Vabadussoja_Ajaloo_Komitee, lk 5
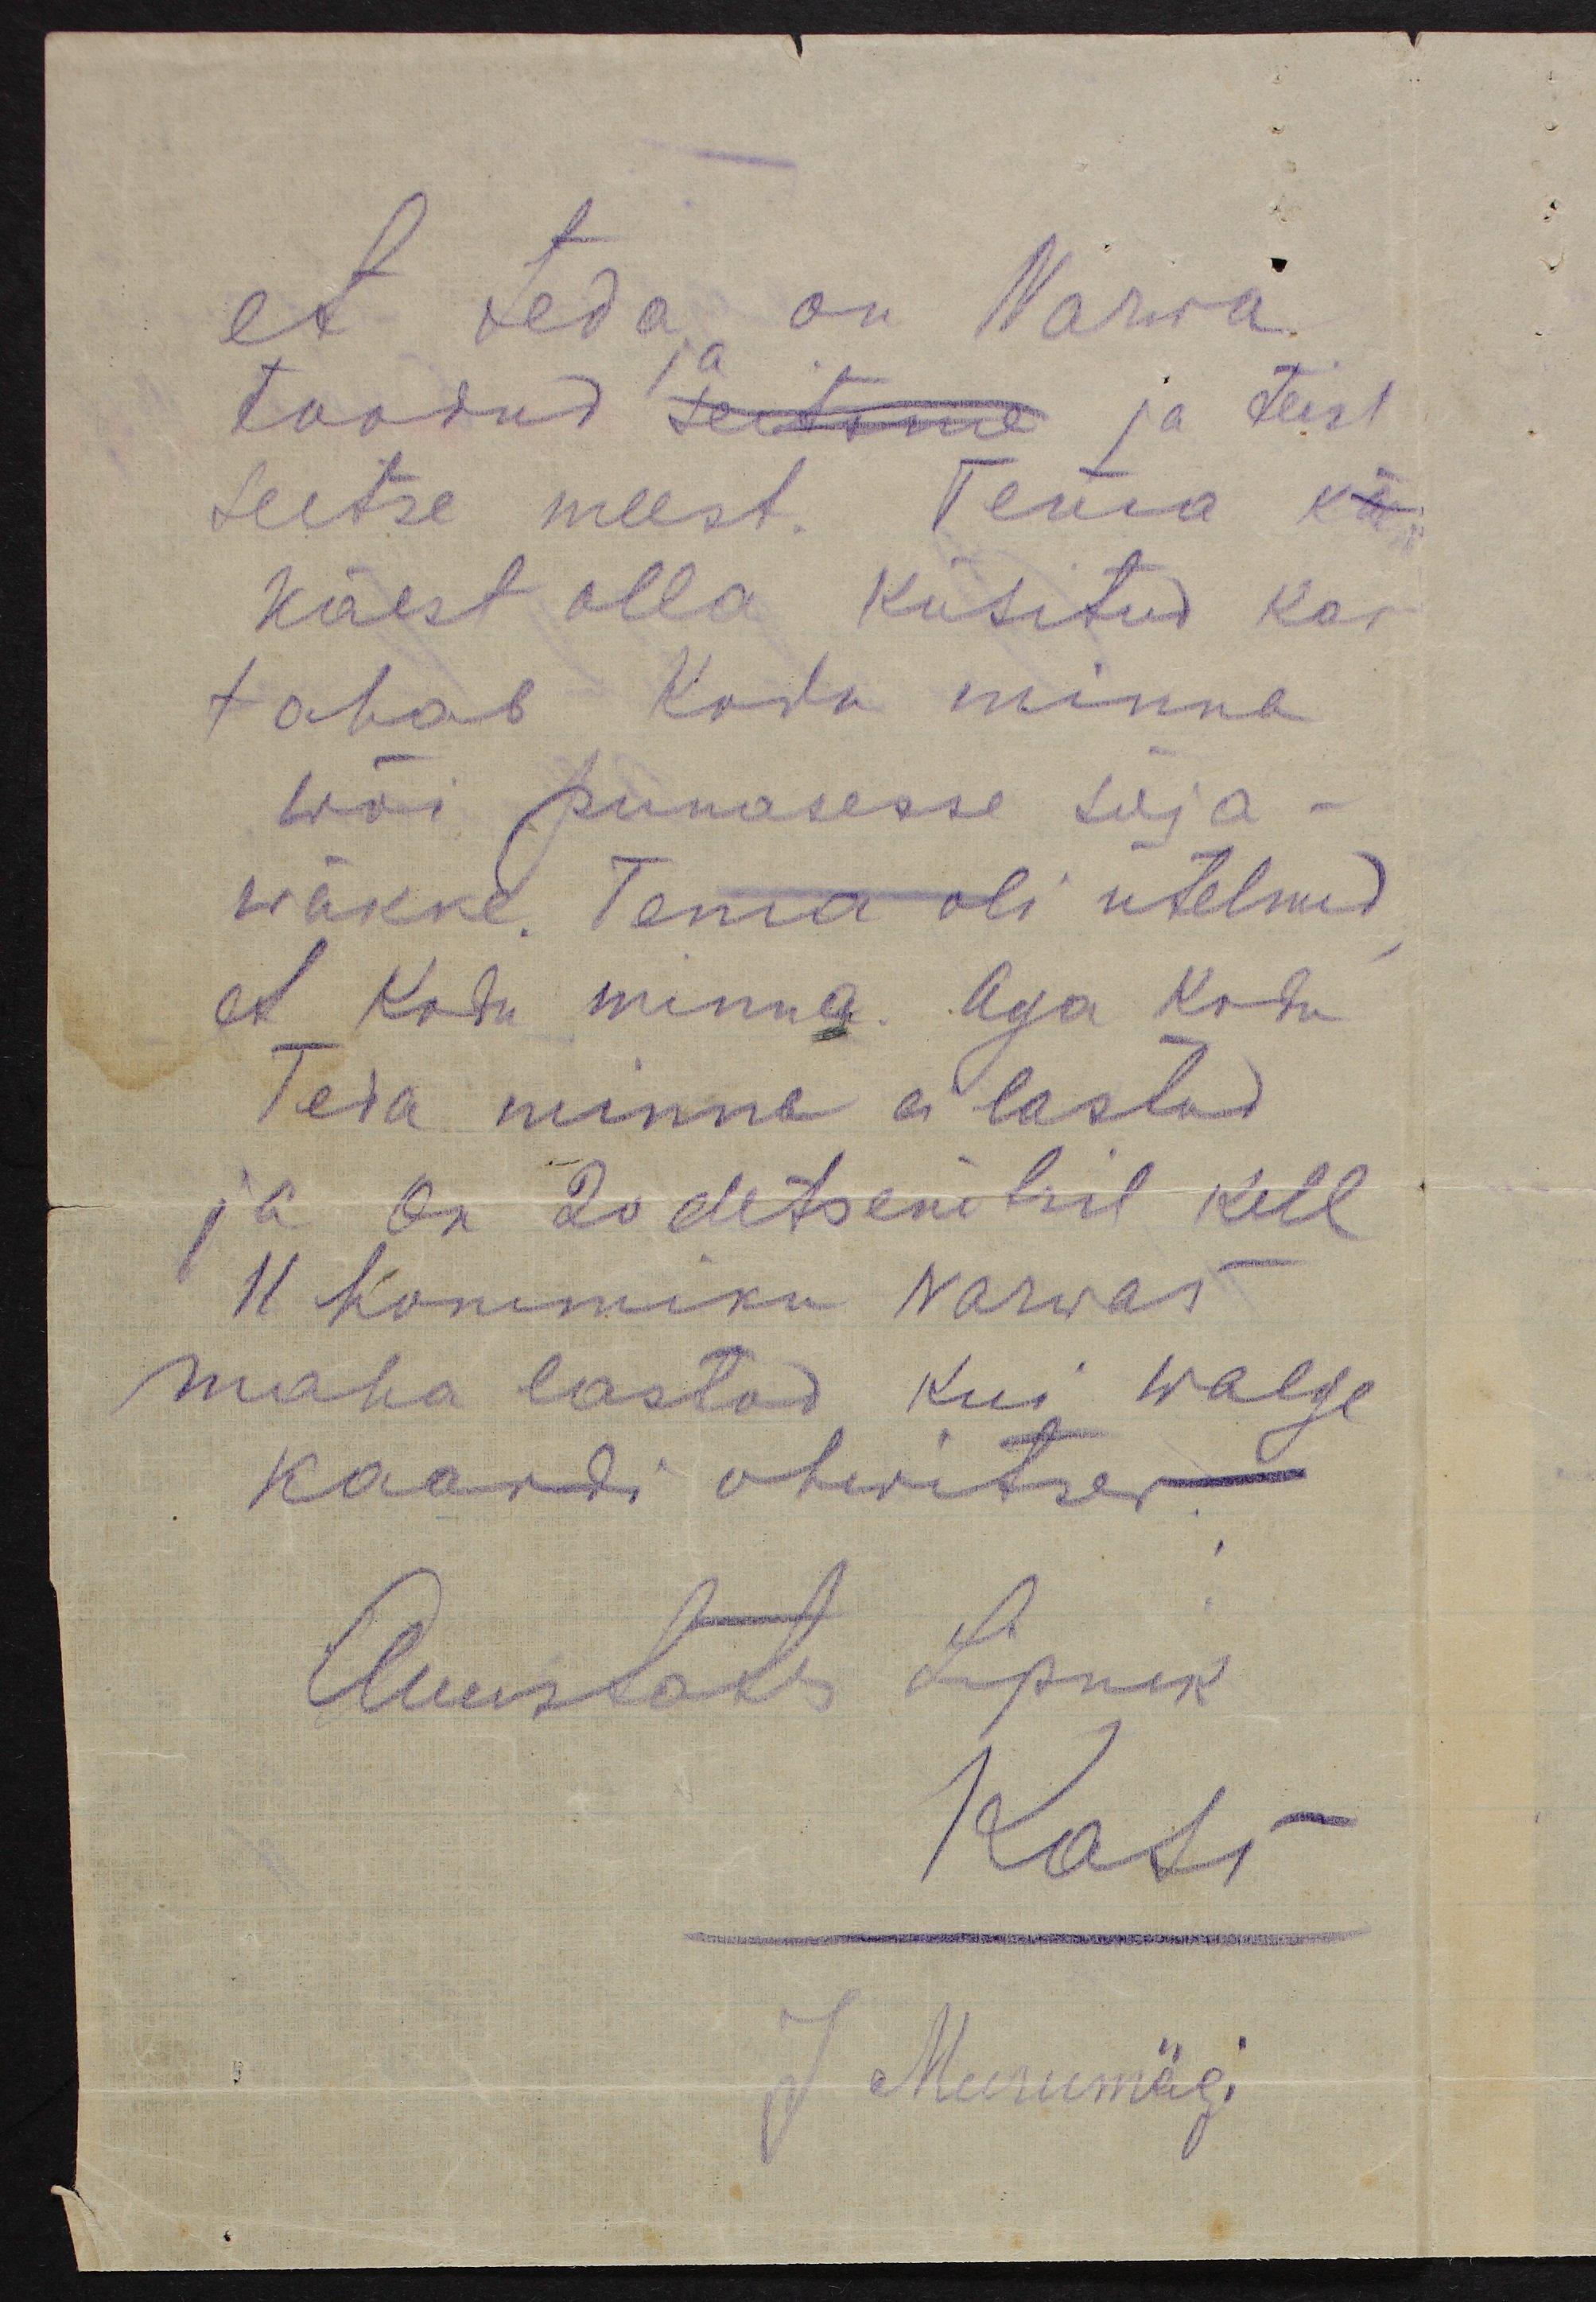
et teda on Narwa
ja
toodud seitsme ja teist
seitse meest. Tema käe
käest olla küsitud kas
tahab kodu minna
wõi punasesse sõja-
wäkke. Tema oli ütelnud,
et Kodu minna. Aga kodu
Teda minna ei lastud
ja on 20 detsembril kell
11 hommiku Narwas
maha lastud kui walge
kaardi ohwitser.
Auustates Lipnik
Kats
J. Murumägi